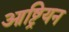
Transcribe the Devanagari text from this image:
आष्ट्रियन